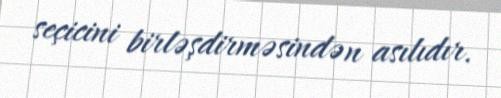
seçicini birləşdirməsindən asılıdır.